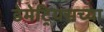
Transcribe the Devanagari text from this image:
डेमेट्रियसच्या